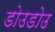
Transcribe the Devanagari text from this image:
डोउडोउ